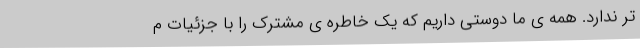
تر ندارد. همه ی ما دوستی داریم که یک خاطره ی مشترک را با جزئیات م